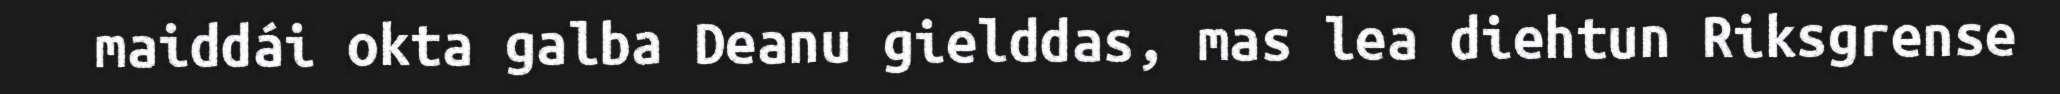
maiddái okta galba Deanu gielddas, mas lea diehtun Riksgrense